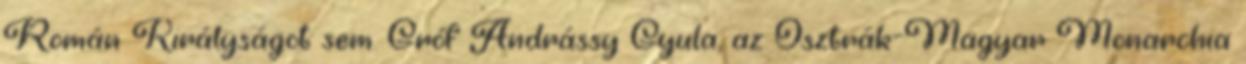
Román Királyságot sem. Gróf Andrássy Gyula, az Osztrák-Magyar Monarchia